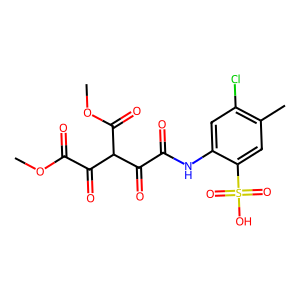
SMILES: COC(=O)C(=O)C(C(=O)OC)C(=O)C(=O)Nc1cc(Cl)c(C)cc1S(=O)(=O)O
Inhibits HIV replication: No